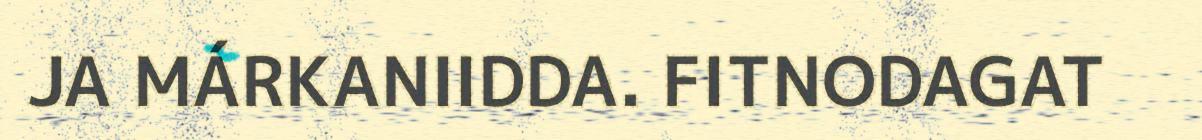
JA MÁRKANIIDDA. FITNODAGAT